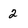
Character: 2